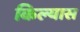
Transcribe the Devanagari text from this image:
किल्यास